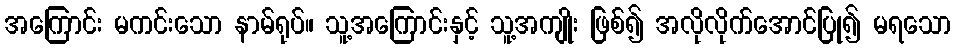
အကြောင်း မကင်းသော နာမ်ရုပ်။ သူ့အကြောင်းနှင့် သူ့အကျိုး ဖြစ်၍ အလိုလိုက်အောင်ပြု၍ မရသော